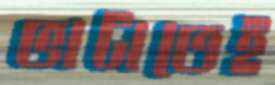
ভাটাতেই